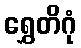
ရွှေတိဂုံ